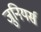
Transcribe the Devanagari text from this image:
जुनियर्स